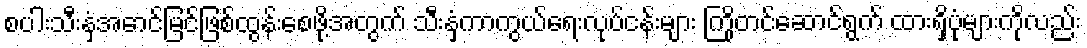
စပါးသီးနှံအောင်မြင်ဖြစ်ထွန်းစေဖို့အတွက် သီးနှံကာကွယ်ရေးလုပ်ငန်းများ ကြိုတင်ဆောင်ရွက် ထားရှိပုံများကိုလည်း